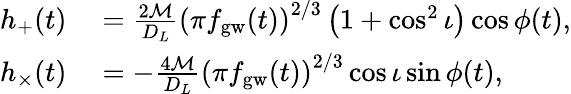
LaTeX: \begin{array}{rl}{h_{+}(t)}&{{}=\frac{2\mathcal{M}}{D_{L}}\left(\pi f_{\mathrm{gw}}(t)\right)^{2/3}\left(1+\cos^{2}\iota\right)\cos{\phi(t)},}\\ {h_{\times}(t)}&{{}=-\frac{4\mathcal{M}}{D_{L}}\left(\pi f_{\mathrm{gw}}(t)\right)^{2/3}\cos{\iota}\sin{\phi(t)},}\end{array}